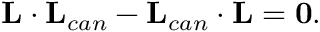
\mathbf { L } \cdot \mathbf { L } _ { c a n } - \mathbf { L } _ { c a n } \cdot \mathbf { L } = \mathbf { 0 } .